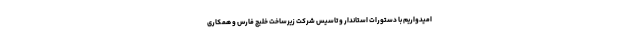
امیدواریم با دستورات استاندار و تاسیس شرکت زیرساخت خلیج فارس و همکاری